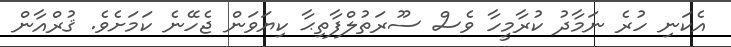
އެކަނި ހުރެ ނަމާދު ކުރާމީހާ ވެސް ސޫރަތުލްފާތިޙާ ކިޔަވަން ޖެހޭނެ ކަމަށެވެ. ޤުރްއާން